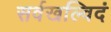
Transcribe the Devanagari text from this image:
सर्वखल्विदं